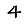
Digit: 4